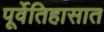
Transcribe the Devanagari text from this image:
पूर्वेतिहासात